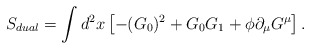
\begin{align*}S_{dual}=\int d^{2}x\left[-(G_{0})^2+G_{0}G_{1}+{\phi}{\partial}_{\mu}G^{\mu}\right].\end{align*}